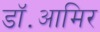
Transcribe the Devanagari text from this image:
डॉ॰आमिर